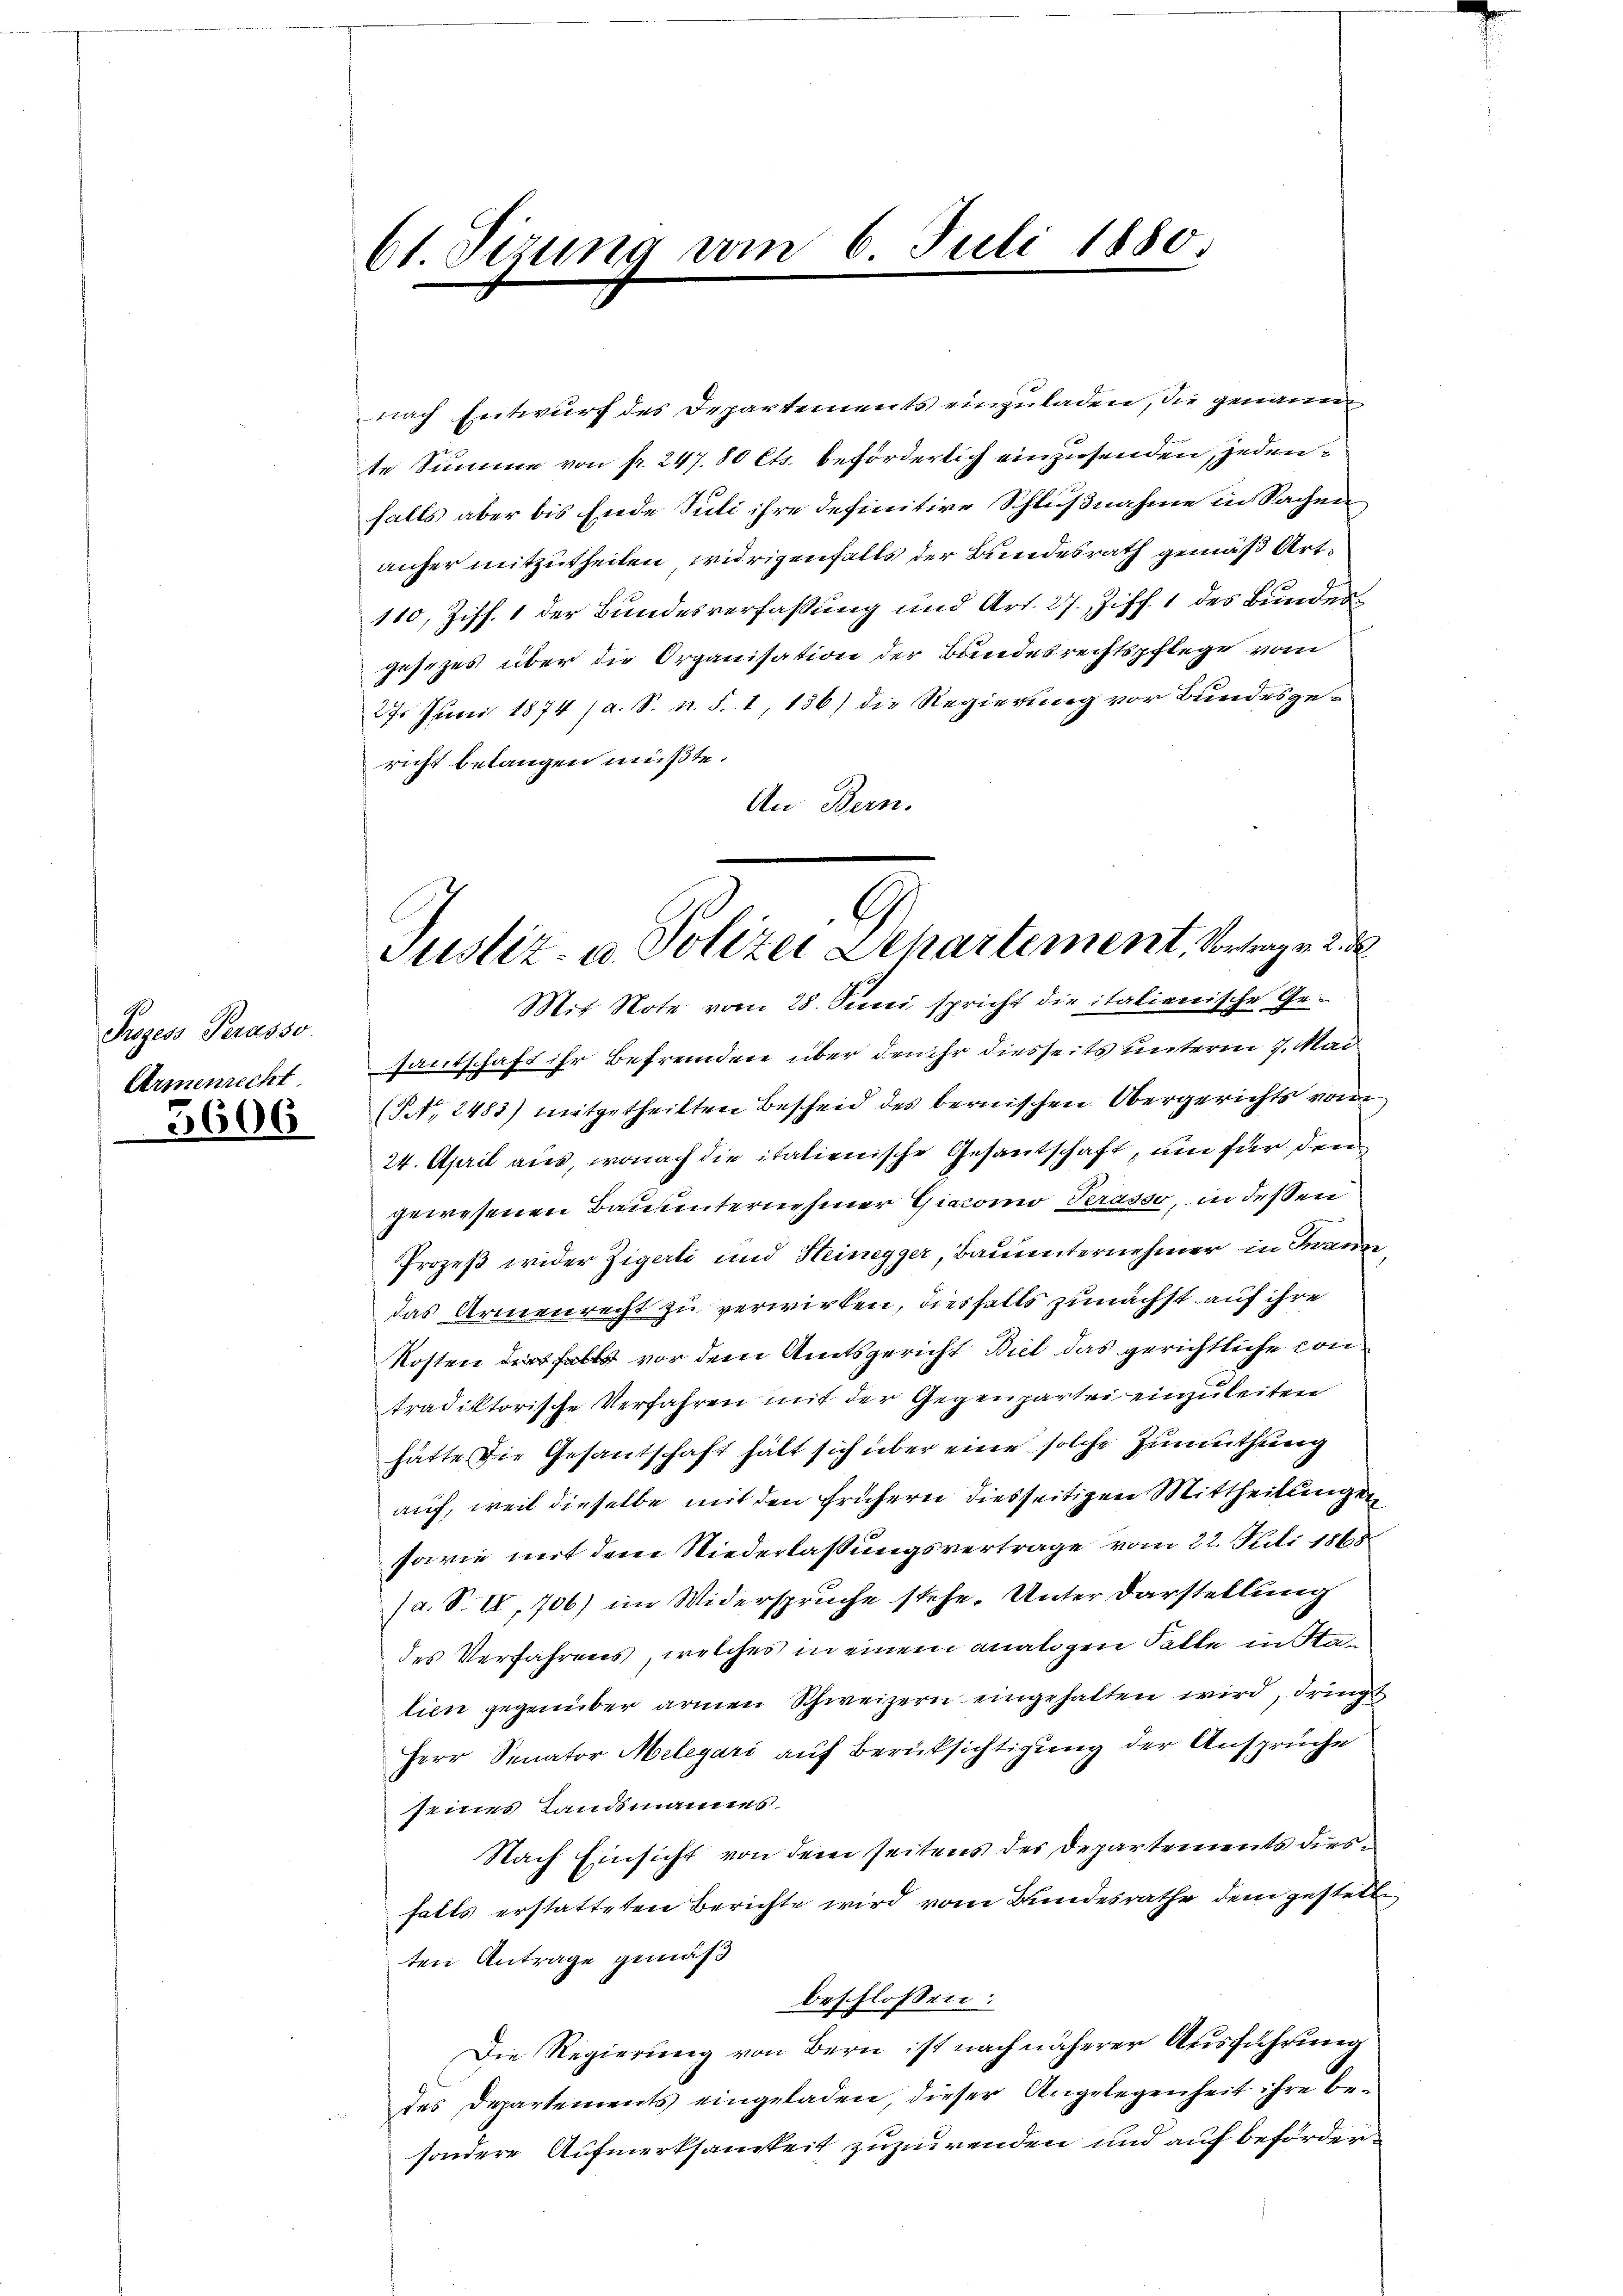
Prozess Perasso.
Armenrecht

5606

61 Sizung vom 6. Juli 1880.

nach Entwurf des Departements einzuladen, die genann
te Summe von fr. 247.80 Cts. beförderlich einzusenden, jedenfalls aber bis Ende Juli ihre definitive Schlußnahme in Sachen
anher mitzutheilen, widrigenfalls der Bundesrath gemäß Art¬
110, Ziff. 1 der Bundesverfaßung und Art. 27, Ziff. 1 des Bundesgesezes über die Organisation der Bundesrechtspflege vom
27. Juni 1874 (a. S. n. F. I, 136) die Regierung vor Bundesgericht belangen müßte.
An Bern.
Mit Note vom 28. Juni spricht die italienische Ge-
santschaft ihr Befremden über den ihr diesseits unterm 7. Mai
(S. 2483) mitgetheilten Bescheid des bernischen Obergerichts von
24. April aus, wonach die italienische Gesantschaft, um für den
gewesenen Bauunternehmer Giacomo Terasso, in dessen
Prozeß wider Zigerli und Heinegger, Bauunternehmer in Franze
das Armenrecht zu verwirken, diesfalls zunächst auf ihre
Kosten des falls vor dem Amtsgericht Biel das gerichtliche contradiktorische Verfahren mit der Gegenpartei einzuleiten
hätte die Gesantschaft hält sich über eine solche Zumuthung
auf, weil dieselbe mit den frühern diesseitigen Mittheilungen
sowie mit dem Niederlaßungsvertrage vom 22. Juli 1868
(a. S. IV, 706) im Widerspruche stehe. Unter Darstellung
des Verfahrens, welches in einem analigen Falle in Sta-
tien gegenüber armen Schweizern eingehalten wird, dringt
Herr Senator Melegari auf Berücksichtigung der Ansprüche
seines Landsmannes.
Nach Einsicht von dem seitens der Departements diesfalls erstatteten Berichte wird vom Bundesrathe dem gestelle
ten Antrage gemäß
beschlossen:
Die Regierung von Bern ist nach näherer Ausführung
des Departements eingeladen, dieser Angelegenheit ihre besondere Aufmerksamkeit zuzuwenden und auf beförder¬

G
Justiz- u. Polizei Departement, Vortrag v. 2. d.